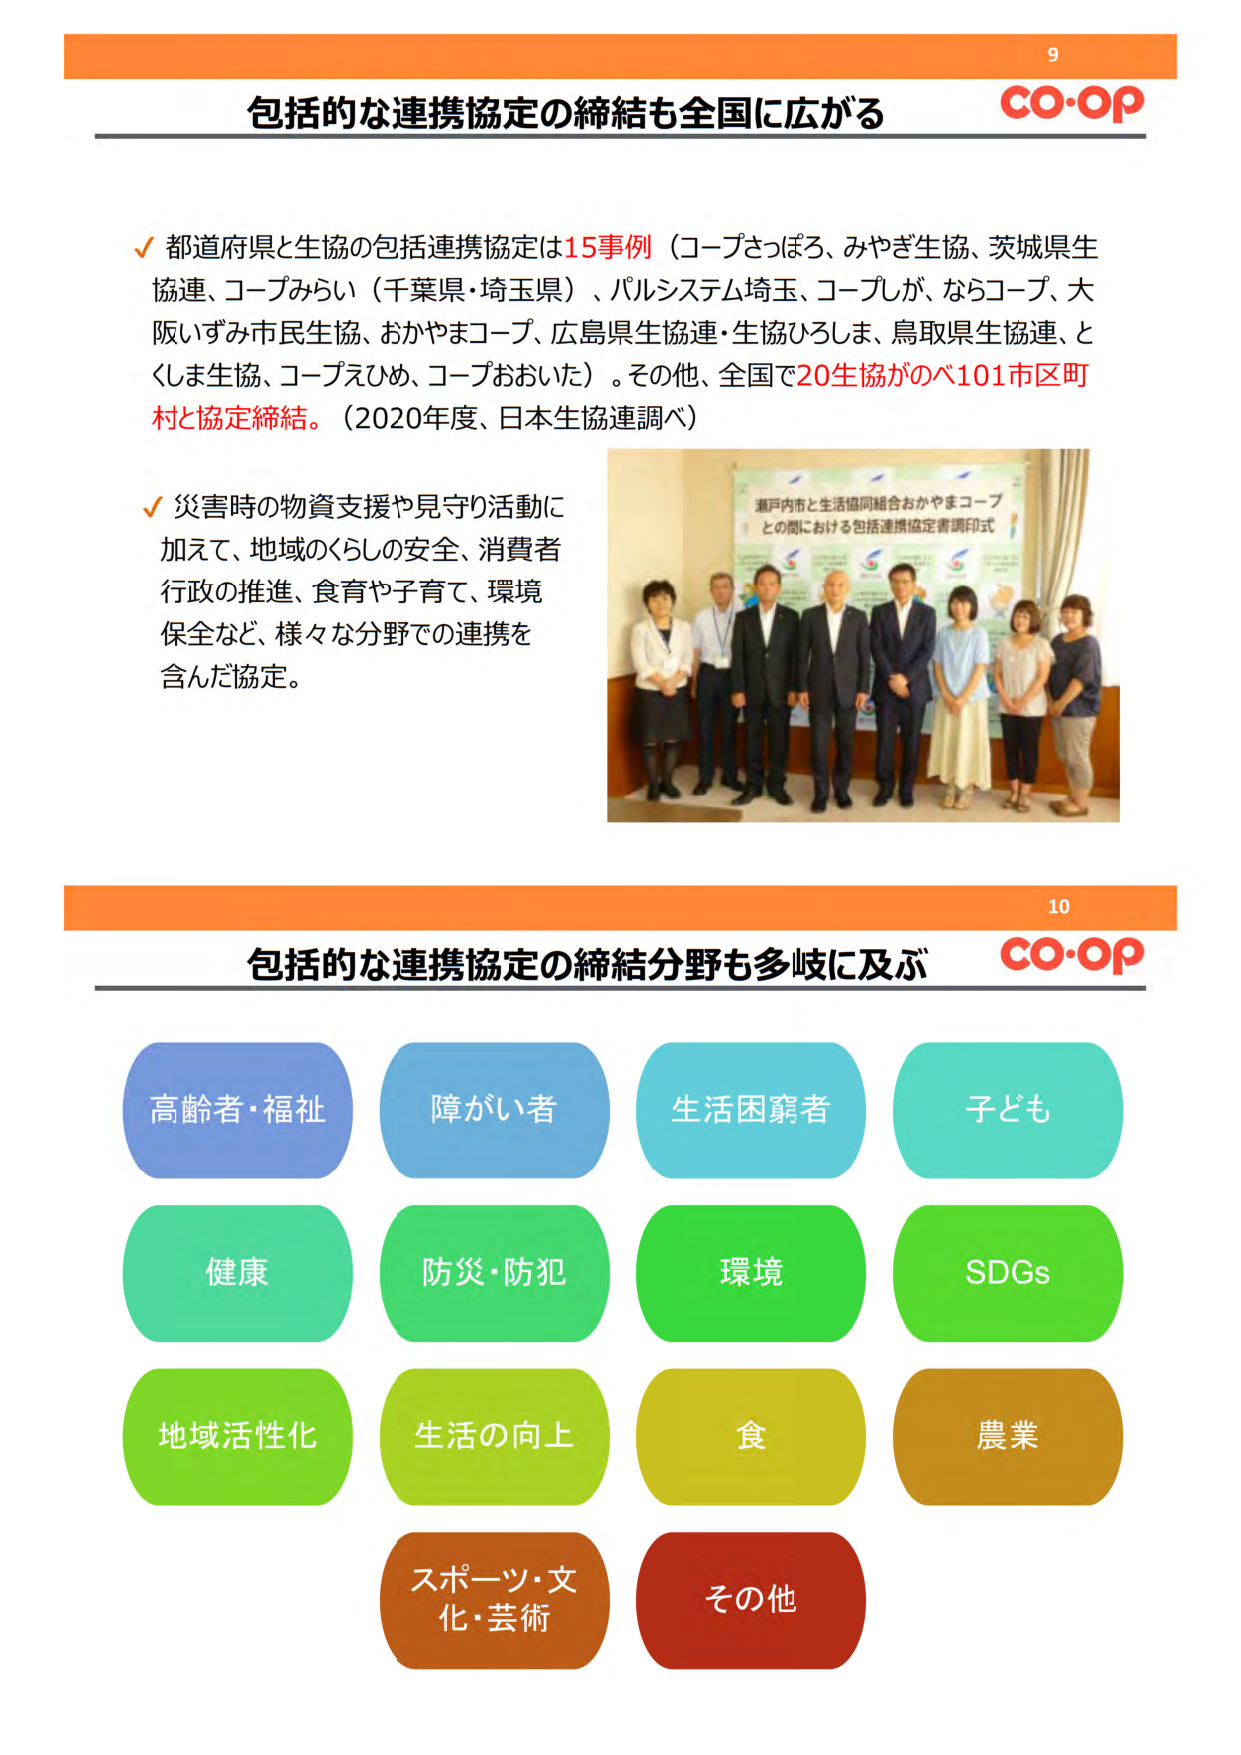
9
CO-OP
包括的な連携協定の締結も全国に広がる

✓ 都道府県と生協の包括連携協定は15事例（コープさっぽろ、みやぎ生協、茨城県生協連、コープみらい（千葉県・埼玉県）、パルシステム埼玉、コープしが、ならコープ、大阪いずみ市民生協、おかやまコープ、広島県生協連・生協ひろしま、鳥取県生協連、とくしま生協、コープえひめ、コープおおいた）。その他、全国で20生協がべ101市区町村と協定締結。（2020年度、日本生協連調べ）

✓ 災害時の物資支援や見守り活動に加えて、地域のくらしの安全、消費者行政の推進、食育や子育て、環境保全など、様々な分野での連携を含んだ協定。

港戸内市と生活協同組合おかやまコープとの間における包括連携協定書調印式

10
CO-OP
包括的な連携協定の締結分野も多岐に及ぶ

高齢者・福祉
障がい者
生活困窮者
子ども
健康
防災・防犯
環境
SDGs
地域活性化
生活の向上
食
農業
スポーツ・文化・芸術
その他